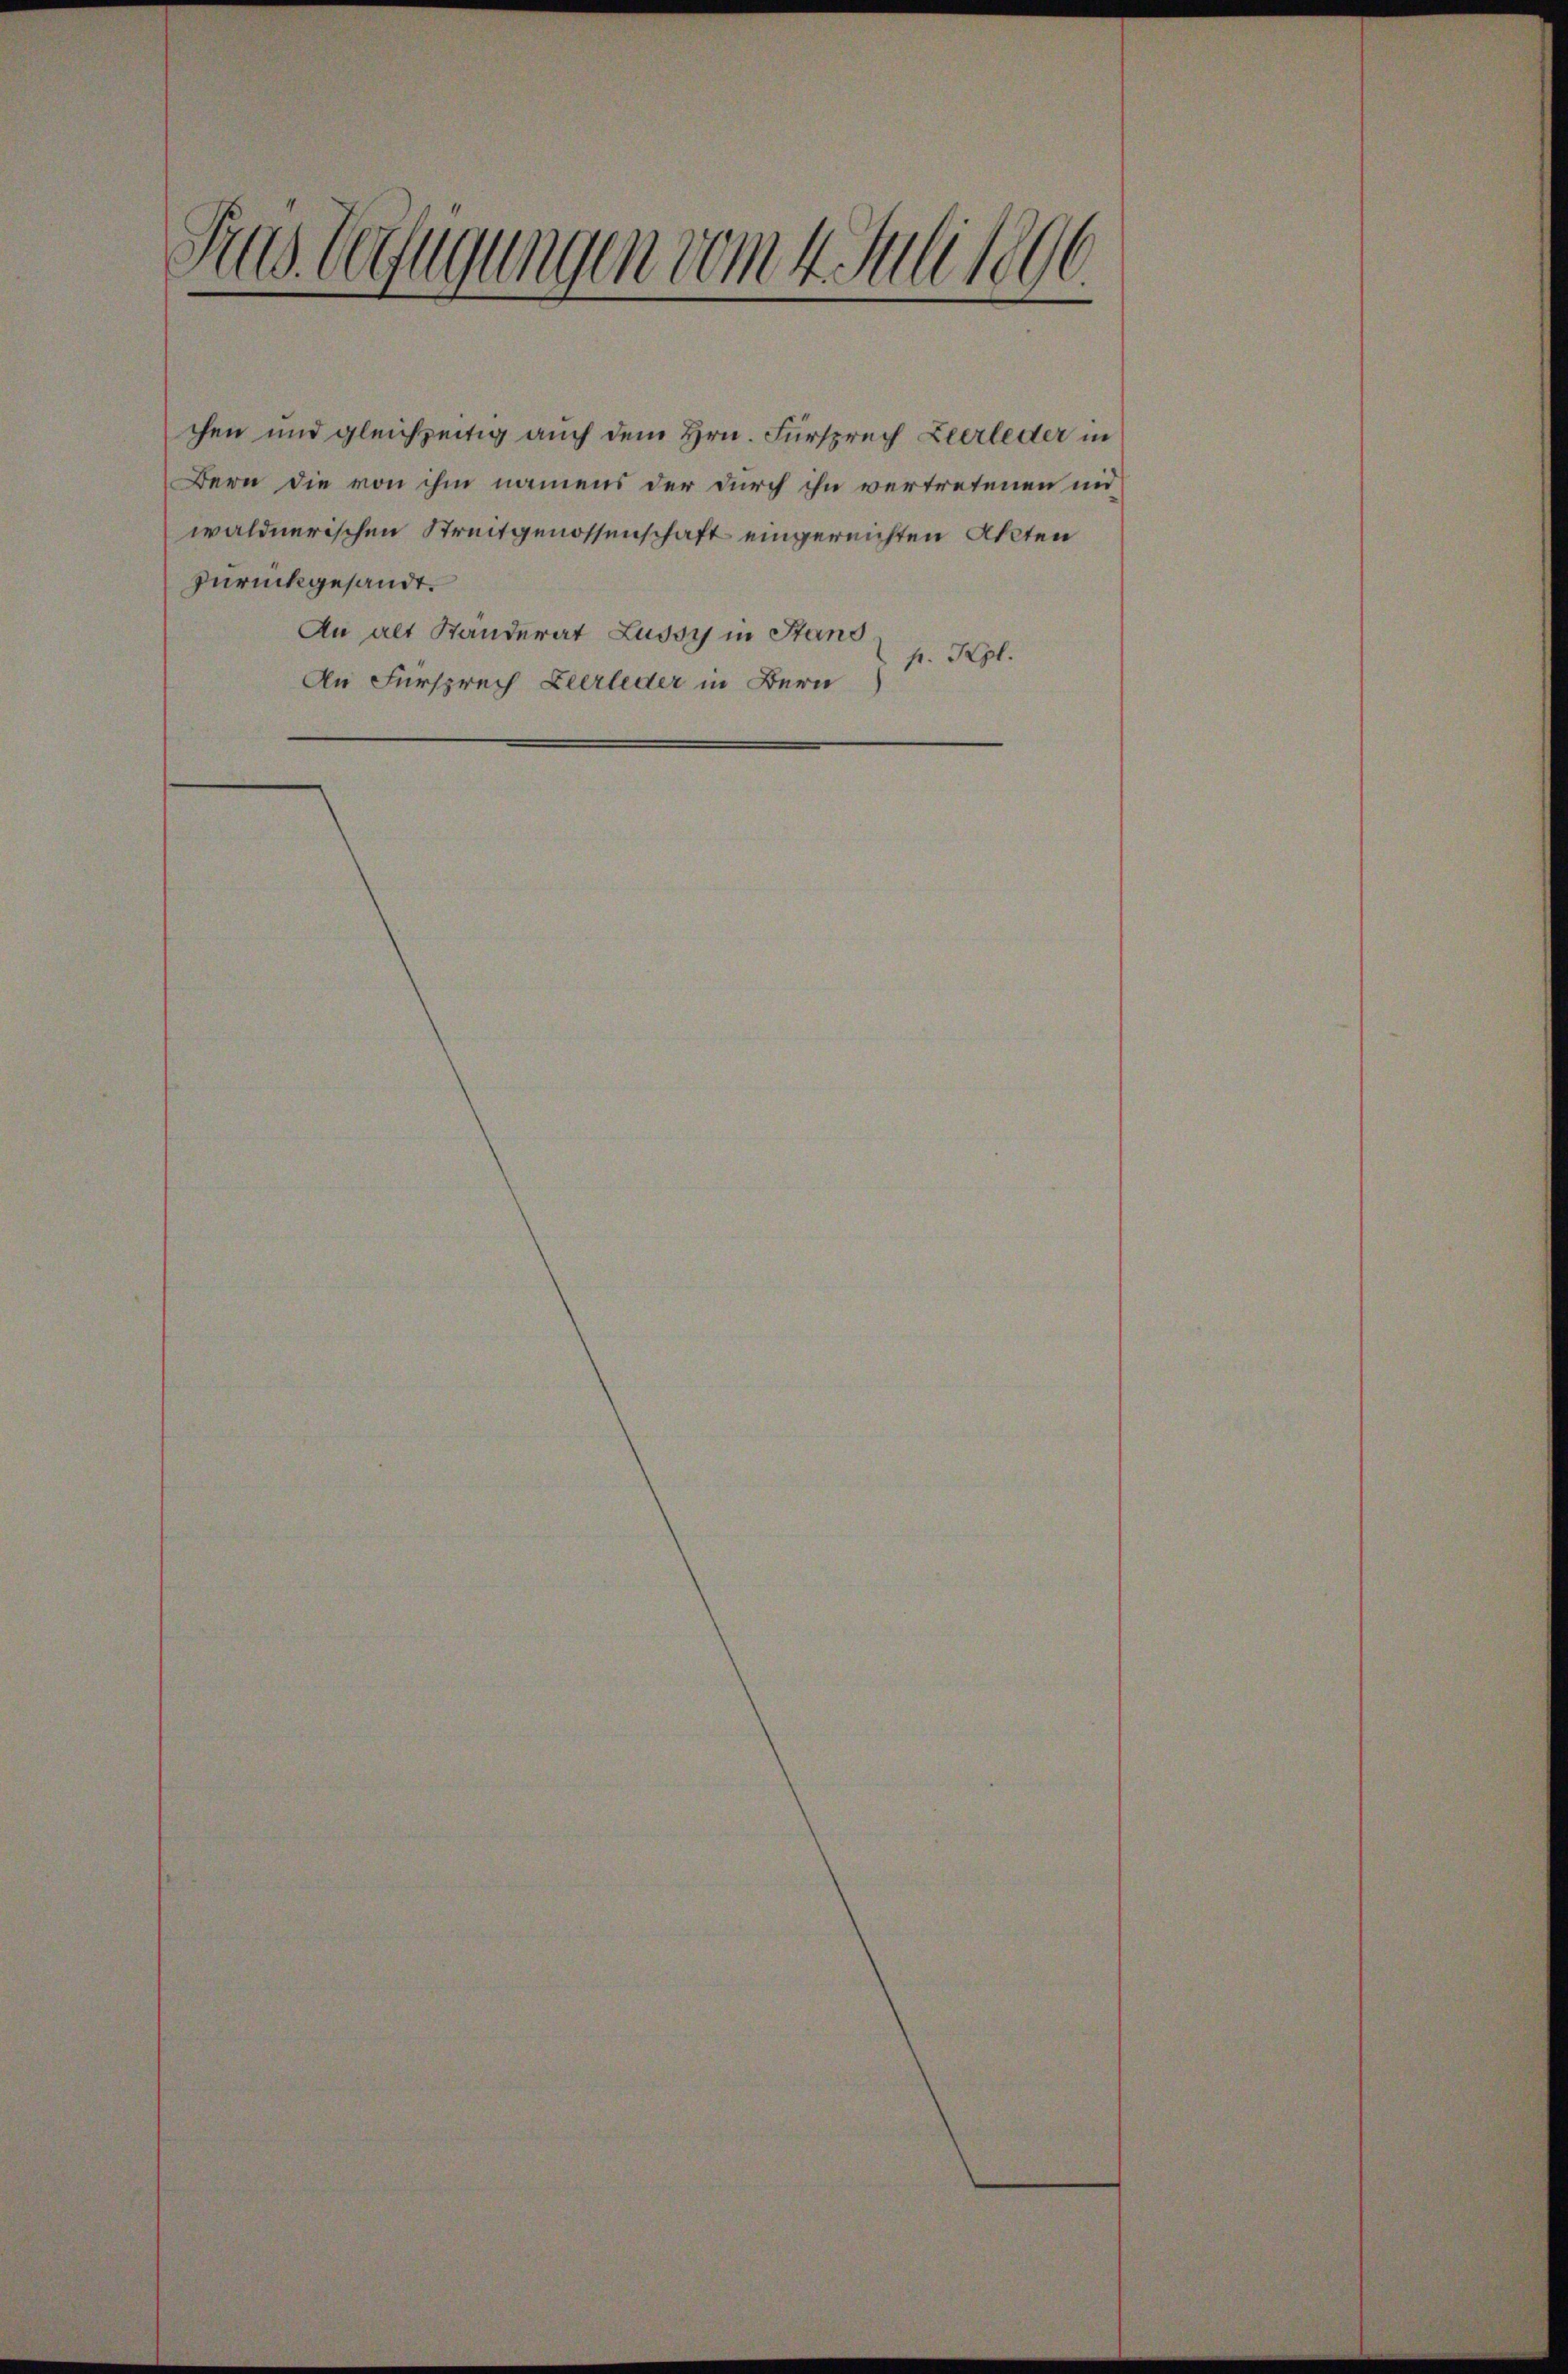
Trus. Wofügungen vom Salische

chen und gleichzeitig auch dem Hrn. Fürsprech Leerleder in
Bern die von ihm namens der durch ihn vertretenen nid
wäldnerischen Streitgenossenschaft eingereichten Akten
zurückgesandt.
An alt Ständerat Lussy in Stand
p. Kgl.
An Fürsprech Leerleder in Bern)